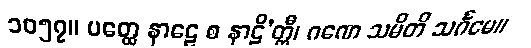
၁၀၅၇။ ပတ္ထေ နာဠေ စ နာဠိ’တ္ထီ၊ ဂဏေ သမိတိ သင်္ဂမေ။